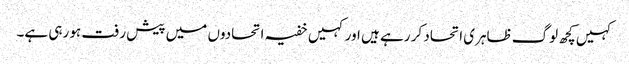
کہیں کچھ لوگ ظاہری اتحاد کر رہے ہیں اور کہیں خفیہ اتحادوں میں پیش رفت ہو رہی ہے۔